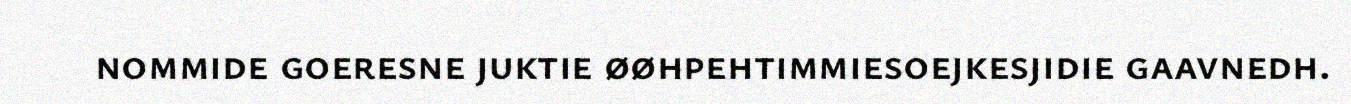
nommide goeresne juktie øøhpehtimmiesoejkesjidie gaavnedh.